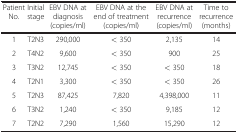
| Patient No. | Initial stage | EBV DNA at diagnosis (copies/ml) | EBV DNA at the end of treatment (copies/ml) | EBV DNA at recurrence (copies/ml) | Time to recurrence (months) |
 | --- | --- | --- | --- | --- | --- |
 | 1 | T2N3 | 290,000 | < 350 | 2,135 | 14 |
 | 2 | T4N2 | 9,600 | < 350 | 900 | 25 |
 | 3 | T3N2 | 12,745 | < 350 | < 350 | 18 |
 | 4 | T2N1 | 3,300 | < 350 | < 350 | 26 |
 | 5 | T2N3 | 87,425 | 7,820 | 4,398,000 | 11 |
 | 6 | T3N2 | 1,240 | < 350 | 9,185 | 12 |
 | 7 | T2N2 | 7,290 | 1,560 | 15,290 | 12 |